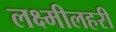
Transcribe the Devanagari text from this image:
लक्ष्मीलहरी